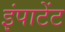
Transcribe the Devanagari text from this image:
इंपाटेंट